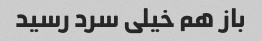
باز هم خیلی سرد رسید